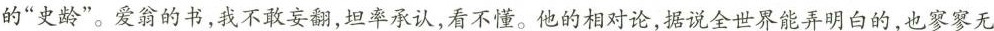
的”史龄”。爱翁的书，我不敢妄翻，坦率承认，看不懂。他的相对论，据说全世界能弄明白的，也寥寥无